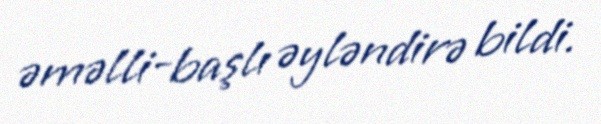
əməlli-başlı əyləndirə bildi.